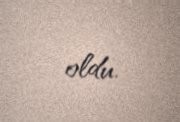
oldu.